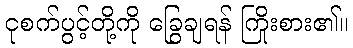
ငုစက်ပွင့်တို့ကို ခြွေချရန် ကြိုးစား၏။